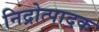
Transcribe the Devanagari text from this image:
निद्रोत्पादक